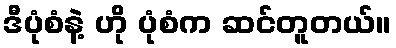
ဒီပုံစံနဲ့ ဟို ပုံစံက ဆင်တူတယ်။